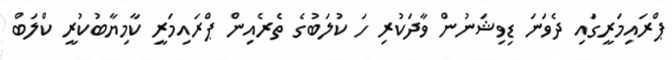
ޕްރައިމަރީގައި ދެވަނަ ޑިވިޝަނުން ވާދަކުރި ހަ ކުލަބުގެ ތެރެއިން ޕްރައިމަރީ ކާމިޔާބުކުރީ ކްލަބް